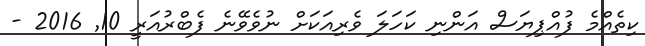
ކިތެއްމެ ފުއްޕިޔަސް އަންނި ކަހަލަ ވެރިއަކަށް ނުވެވޭނެ ފެބްރުއަރީ 10